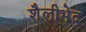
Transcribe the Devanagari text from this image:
शैलीभेद